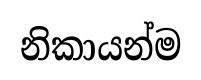
නිකායන්ම